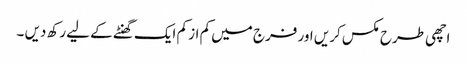
اچھی طرح مکس کریں اور فرج میں کم از کم ایک گھنٹے کے لیے رکھ دیں ۔